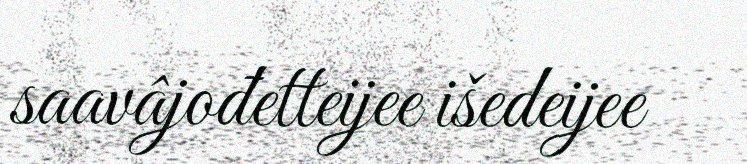
saavâjođetteijee išedeijee